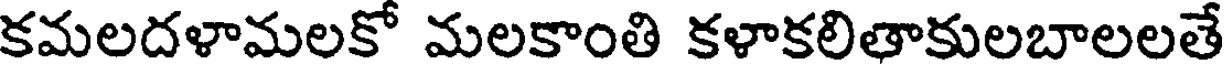
కమలదళామలకో మలకాంతి కళాకలితాకులబాలలతే